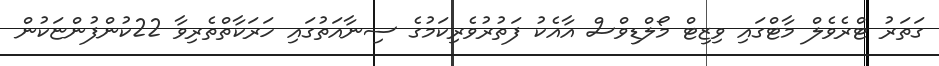
ގަތަރު ޓްރެވެލް މާޓްގައި ވިޒިޓް މޯލްޑިވްސް އާއެކު ފަތުރުވެރިކަމުގެ ސިނާއަތުގައި ހަރަކާތްތެރިވާ 22ކުންފުންޏަކުން